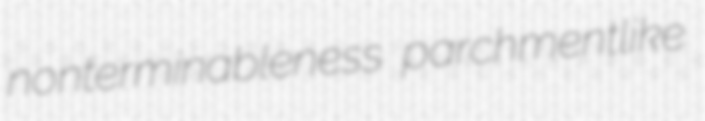
nonterminableness parchmentlike